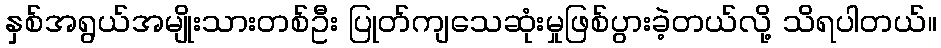
နှစ်အရွယ်အမျိုးသားတစ်ဦး ပြုတ်ကျသေဆုံးမှုဖြစ်ပွားခဲ့တယ်လို့ သိရပါတယ်။